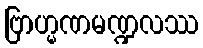
ဗြာဟ္မဏမဏ္ဍလဿ